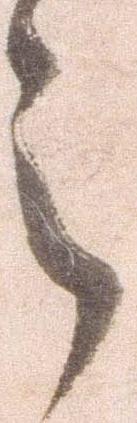
之